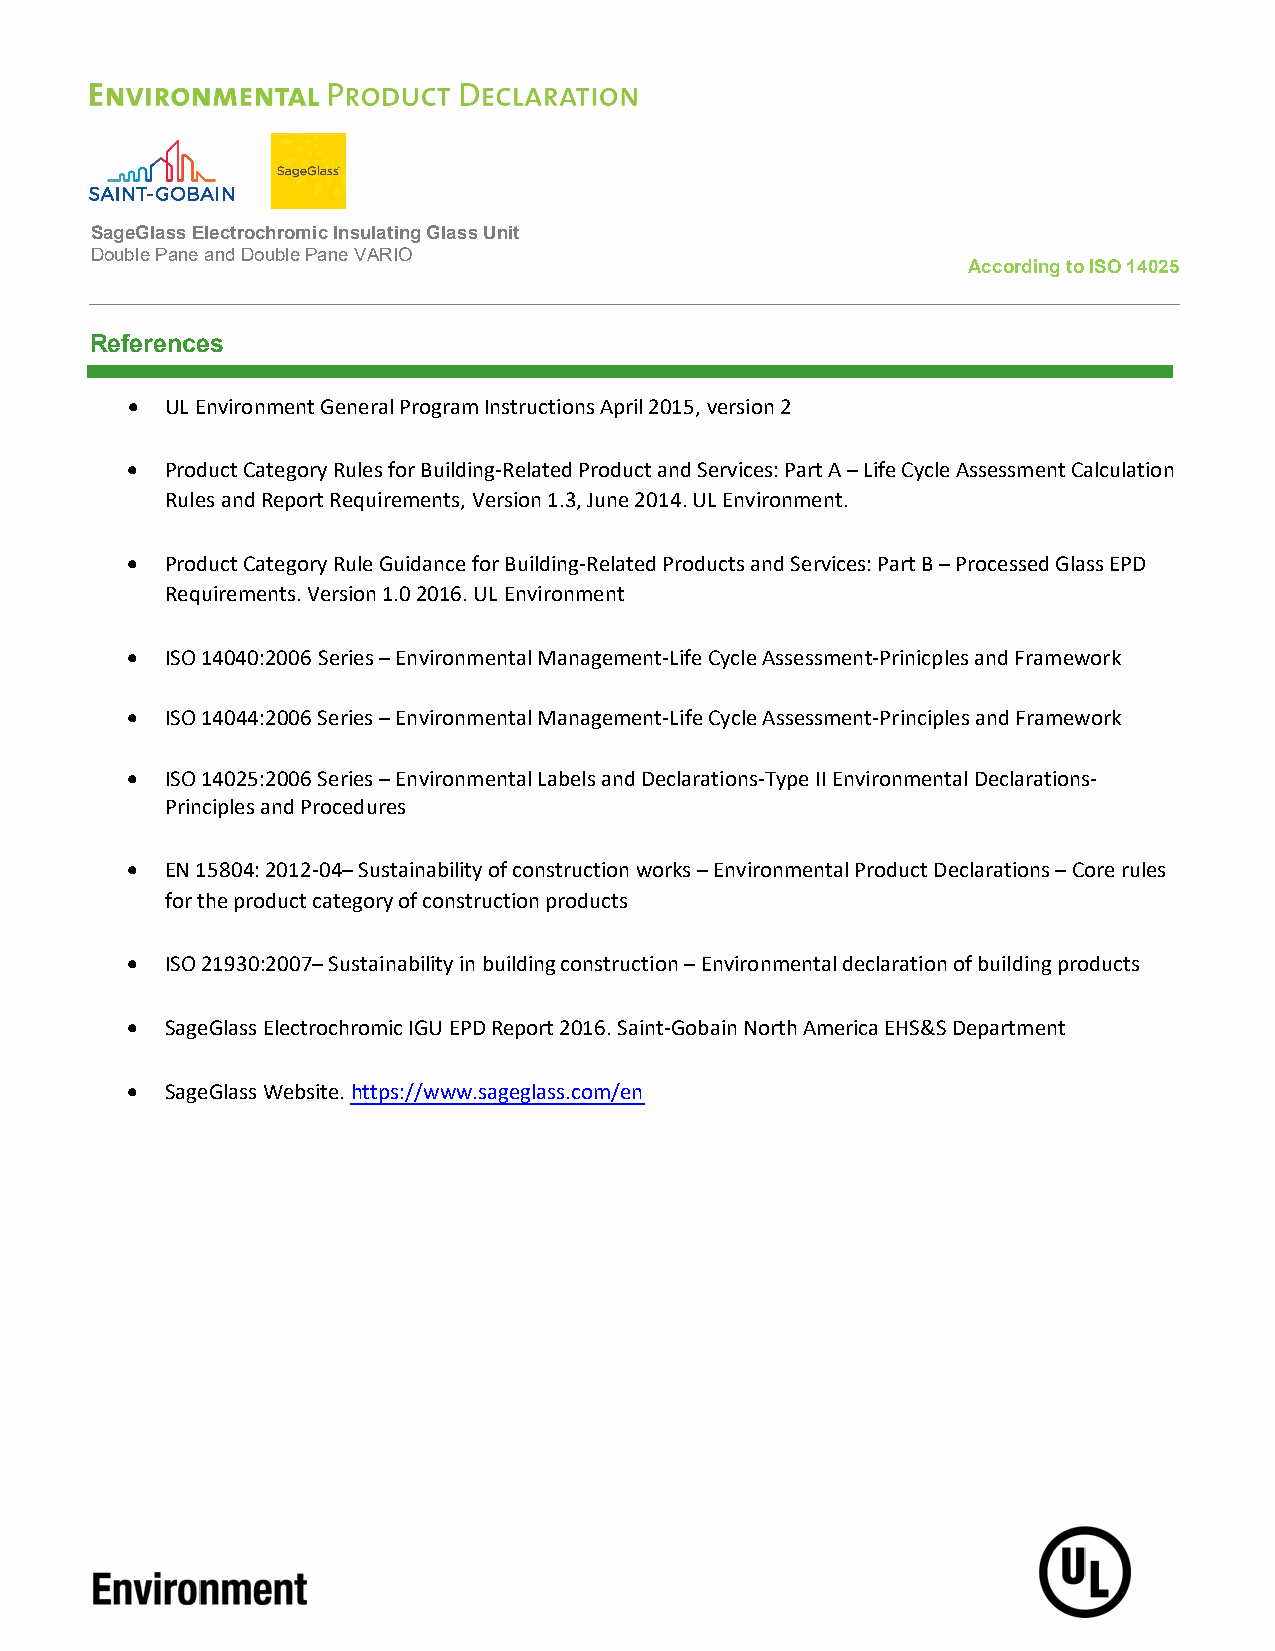
SageGlass Electrochromic Insulating Glass Unit
 Double Pane and Double Pane VARIO
 According to ISO 14025
 References
   UL Environment General Program Instructions April 2015, version 2
   Product Category Rules for Building-Related Product and Services: Part A – Life Cycle Assessment Calculation
 Rules and Report Requirements, Version 1.3, June 2014. UL Environment.
   Product Category Rule Guidance for Building-Related Products and Services: Part B – Processed Glass EPD
 Requirements. Version 1.0 2016. UL Environment
   ISO 14040:2006 Series – Environmental Management-Life Cycle Assessment-Prinicples and Framework
   ISO 14044:2006 Series – Environmental Management-Life Cycle Assessment-Principles and Framework
   ISO 14025:2006 Series – Environmental Labels and Declarations-Type II Environmental Declarations-
 Principles and Procedures
   EN 15804: 2012-04– Sustainability of construction works – Environmental Product Declarations – Core rules
 for the product category of construction products
   ISO 21930:2007– Sustainability in building construction – Environmental declaration of building products
   SageGlass Electrochromic IGU EPD Report 2016. Saint-Gobain North America EHS&S Department
   SageGlass Website. https://www.sageglass.com/en